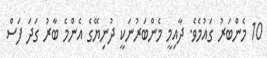
10 މެންބަރު ގައުމެވެ. ދާއިމީ މެންބަރުނަކީ ދުނިޔޭގެ އެންމެ ބާރު ގަދަ ފަސް